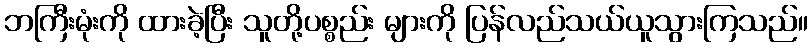
ဘကြီးမုံးကို ထားခဲ့ပြီး သူတို့ပစ္စည်း များကို ပြန်လည်သယ်ယူသွားကြသည်။